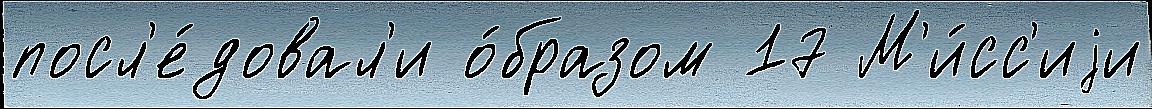
посл'е́довал'и о́бразом 17 М'и́сс'иjи